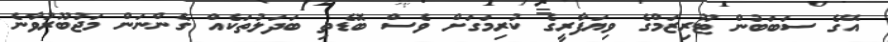
އޭގެ ސަބަބުން ޓޫރިޒަމްގެ ވިޔަފާރީގެ ކުރިމަގަށް ވެސް ބޮޑެތި ބަދަލުތަކެއް ގެންނަން މަޖުބޫރުވާނެ